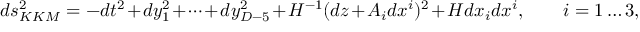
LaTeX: d s _ { K K M } ^ { 2 } = - d t ^ { 2 } + d y _ { 1 } ^ { 2 } + \dots + d y _ { D - 5 } ^ { 2 } + H ^ { - 1 } ( d z + A _ { i } d x ^ { i } ) ^ { 2 } + H d x _ { i } d x ^ { i } , \qquad i = 1 \dots 3 ,